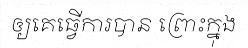
ឲ្យគេធ្វើការបាន ព្រោះក្នុង